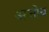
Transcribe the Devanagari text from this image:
अजोव